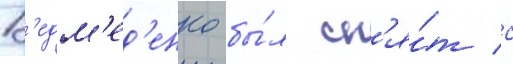
В'едм'ед'енко бы́л сн'я́т с